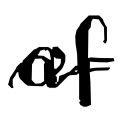
Text: of
Cross-out: mix
Writing tool: digital_black